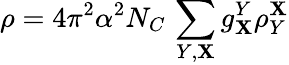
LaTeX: \rho=4\pi^{2}\alpha^{2}N_{C}\, \sum_{Y,\mathbf{X}}g_{\mathbf{X}}^{Y}\rho_{Y}^{\mathbf{X}}